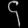
Digit: ၄